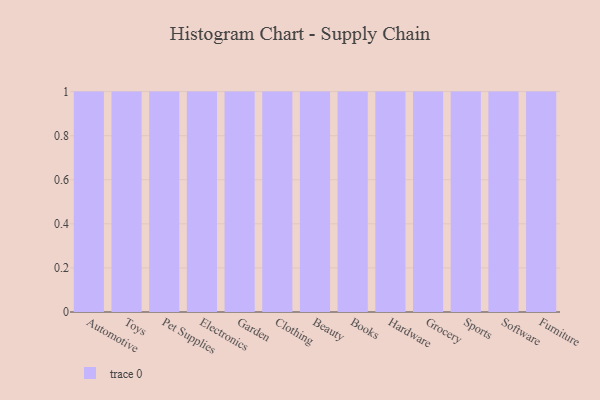
{"axis": {"x": "Category", "y": "Churn Rate (%)"}, "legend": [""], "data": [{"x": "Automotive", "y": 21, "type": ""}, {"x": "Toys", "y": 57, "type": ""}, {"x": "Pet Supplies", "y": 66, "type": ""}, {"x": "Electronics", "y": 72, "type": ""}, {"x": "Garden", "y": 48, "type": ""}, {"x": "Clothing", "y": 72, "type": ""}, {"x": "Beauty", "y": 5, "type": ""}, {"x": "Books", "y": 38, "type": ""}, {"x": "Hardware", "y": 42, "type": ""}, {"x": "Grocery", "y": 19, "type": ""}, {"x": "Sports", "y": 15, "type": ""}, {"x": "Software", "y": 77, "type": ""}, {"x": "Furniture", "y": 36, "type": ""}]}